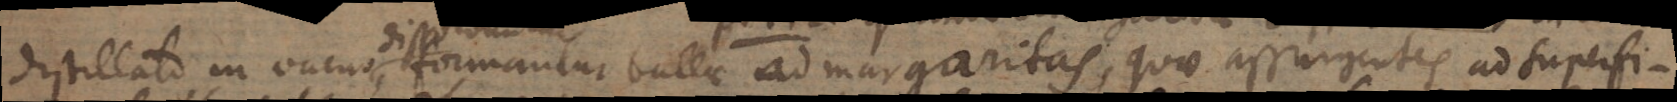
distillato, in vacuo, formantur bullae ad margaritas, quae assurgentes ad superfi-